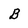
Character: B